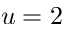
u = 2